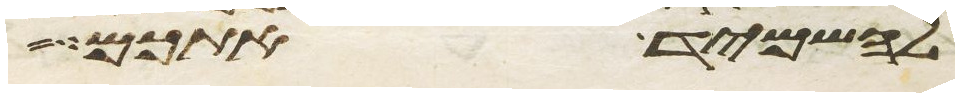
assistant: להשמיד אתכם